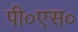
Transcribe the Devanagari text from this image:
पी०एस०